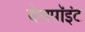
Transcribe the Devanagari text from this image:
बेसपॉइंट